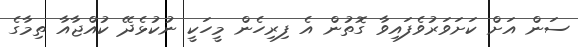
ސަން އަށް ކަށަވަރުވެފައިވާ ގޮތުން އެ ފިރިހެން މީހަކީ ނުކުޅެދޭ ކުއްޖާއާ ތިމާގެ